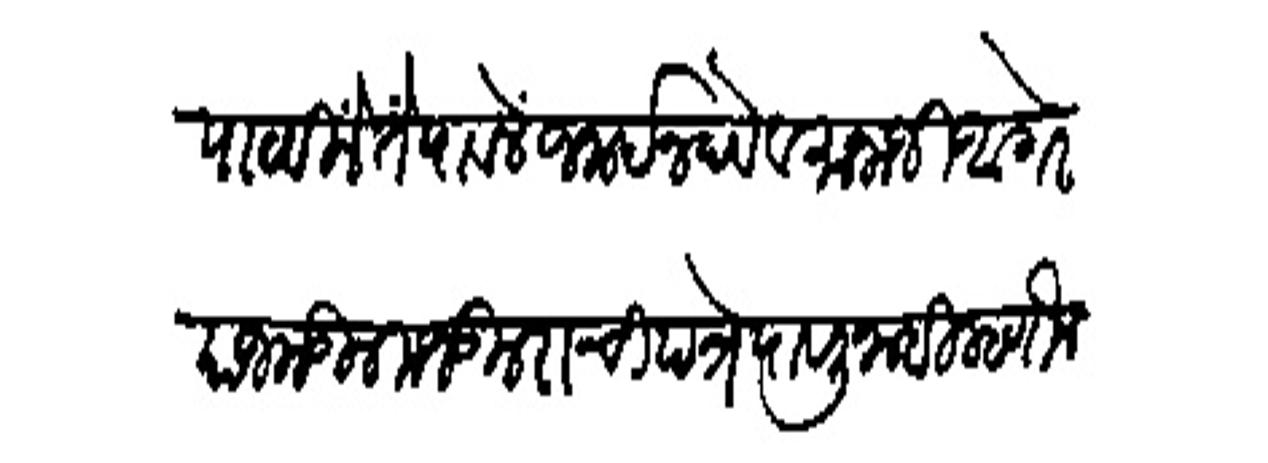
Transliteration (Devanagari): पाठविले तें पावलें जनावंन देव व मानाजी आगरे याजकडील मजकुराची पत्रे पावली नाही म्हणोन